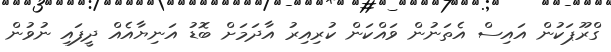
ގްރޫޕަކުން އައިސް އެތަނުން ވައްކަން ކުރިއިރު އާދަމަށް ބޮޑު އަނިޔާއެއް ދީފައި ނުވުން